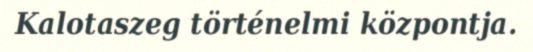
Kalotaszeg történelmi központja.